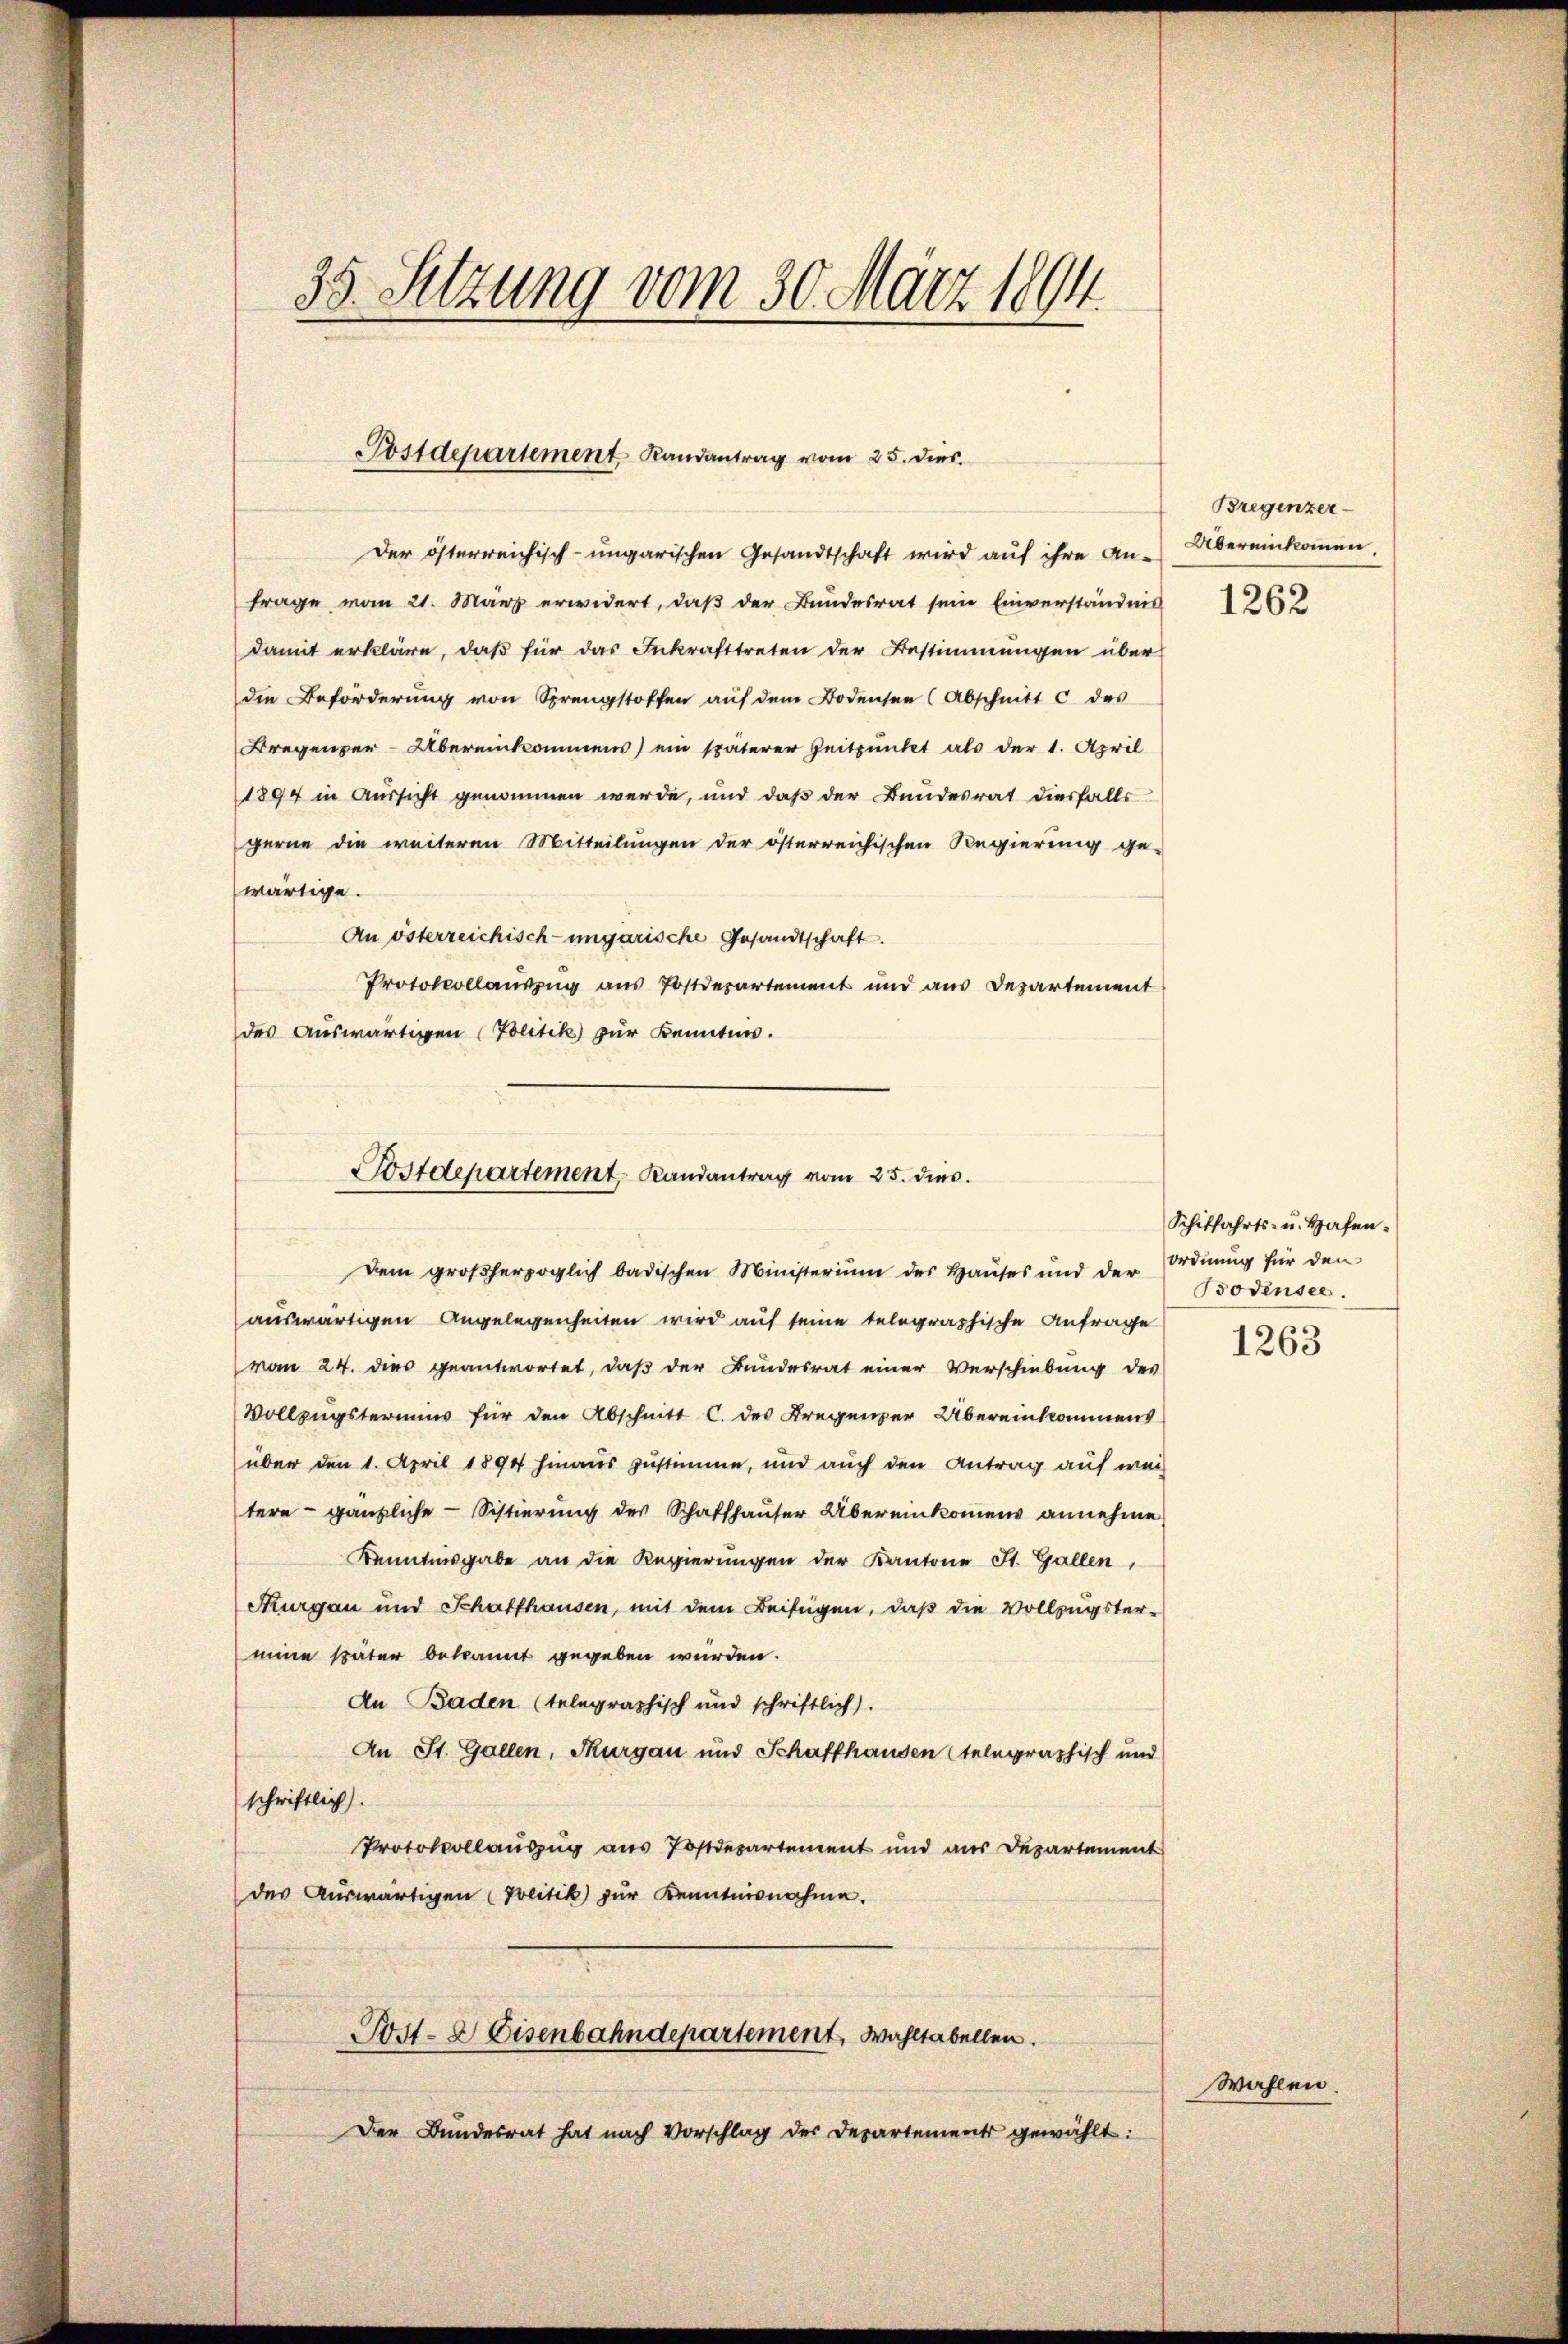
35. Setzung vom 30. März 1894.

Postdepartement Randantrag vom 25. dies

Der österreichisch-ungarischen Gesandtschaft wird aŭf ihre An-Übereinkoṁen.
frage vom 21. März erwidert, daß der Bundesrat sein Einverständnis
damit erkläre, daß für das Inkrafttreten der Bestimmungen über
die Beförderung von Sprengstoffen auf dem Bodensen (Abschnitt c des
Bregenzer-Übereinkommens) ein späterer Zeitpunkt als der 1. April
1894 in Aussicht genommen werde, und daß der Bundesrat diesfalls
gerne die weiteren Mitteilungen der österreichischen Regierung ge-
wärtige.
An österreichisch-ungarische Gesandtschaft.
Protokollauszug aus Postdepartement und aus Departement
des Auswärtigen (Politik zur Kennten.

Postdepartement Randantrag vom 25. dies

Dem großherzoglich badischen Ministerium des Haŭses und der Ordnŭng für den
auswärtigen Angelegenheiten wird auf seine telegraphische Anfrage
vom 24. dies geantwortet, daß der Bundesrat einer Verschiebung des
Vollzugstermins für den Abschnitt C. des Bregenzer Übereinkommens
über den 1. April 1894 hinaus zustimme, und auch den Antrag auf wei
tere - gänzliche Sistierung des Schaffhauser Übereinkommens annehme
Kenntnisgabe an die Regierungen der Kantone St. Gallen,
Thurgau und Schaffhausen, mit dem Beifügen, daß die Vollzugster-
mine später bekannt gegeben wurden.
An Baden (telegraphisch und schriftlich).
An St. Gallen, Thurgau und Schaffhausen telegraphisch und
schriftlich.
Protokollauszug aus Postdepartement und aus Departement
des Auswärtigen (Politik zur Kenntnisnahme.
Post- & Eisenbahndepartement, Wahltabellen.
Der Bundesrat hat nach Vorschlag des Departements gewählt:

Bregenzer-
1262

Schiffahrts- u. Hafen.
Bodensee.

1263

Wahlen.